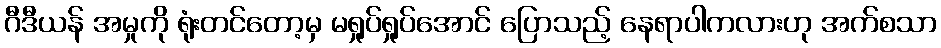
ဂီဒီယန် အမှုကို ရုံးတင်တော့မှ မရှုပ်ရှုပ်အောင် ပြောသည့် နေရာပါကလားဟု အက်စသာ